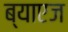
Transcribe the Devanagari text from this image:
ब्याएज